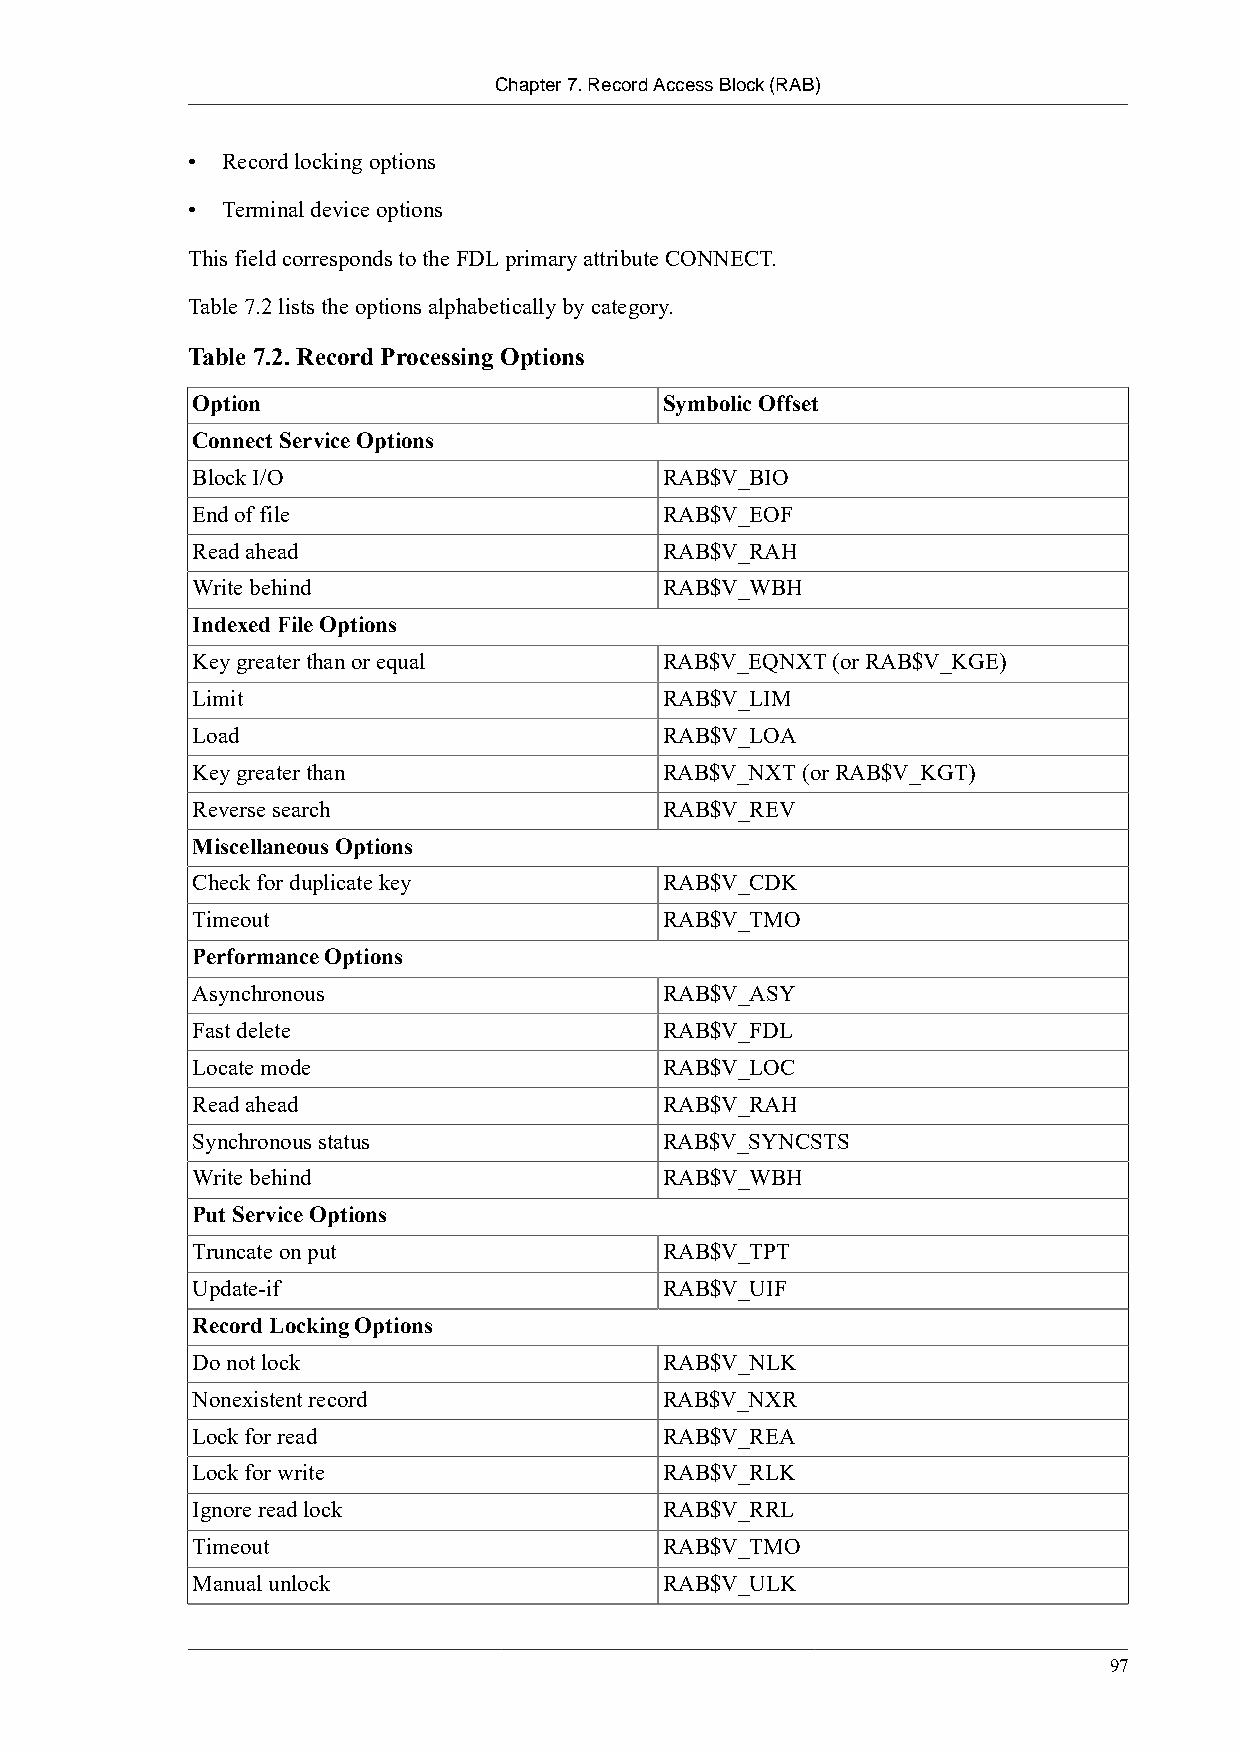
Chapter 7. Record Access Block (RAB)
 •  Record locking options
 •  Terminal device options
 This field corresponds to the FDL primary attribute CONNECT.
 Table 7.2 lists the options alphabetically by category.
 Table 7.2. Record Processing Options
 Option                         Symbolic Offset
 Connect Service Options
 Block I/O                      RAB$V_BIO
 End of file                    RAB$V_EOF
 Read ahead                     RAB$V_RAH
 Write behind                   RAB$V_WBH
 Indexed File Options
 Key greater than or equal      RAB$V_EQNXT (or RAB$V_KGE)
 Limit                          RAB$V_LIM
 Load                           RAB$V_LOA
 Key greater than               RAB$V_NXT (or RAB$V_KGT)
 Reverse search                 RAB$V_REV
 Miscellaneous Options
 Check for duplicate key        RAB$V_CDK
 Timeout                        RAB$V_TMO
 Performance Options
 Asynchronous                   RAB$V_ASY
 Fast delete                    RAB$V_FDL
 Locate mode                    RAB$V_LOC
 Read ahead                     RAB$V_RAH
 Synchronous status             RAB$V_SYNCSTS
 Write behind                   RAB$V_WBH
 Put Service Options
 Truncate on put                RAB$V_TPT
 Update-if                      RAB$V_UIF
 Record Locking Options
 Do not lock                    RAB$V_NLK
 Nonexistent record             RAB$V_NXR
 Lock for read                  RAB$V_REA
 Lock for write                 RAB$V_RLK
 Ignore read lock               RAB$V_RRL
 Timeout                        RAB$V_TMO
 Manual unlock                  RAB$V_ULK
 97